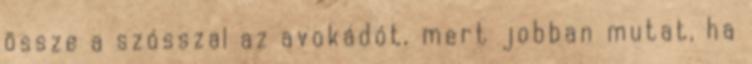
össze a szósszal az avokádót, mert jobban mutat, ha